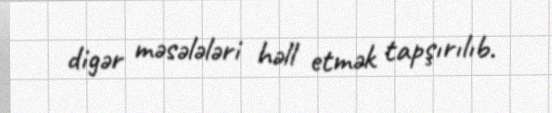
digər məsələləri həll etmək tapşırılıb.